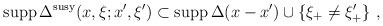
LaTeX: \begin{align*}{\mbox {\rm supp}}\,\Delta^{\rm susy}(x,\xi;x^\prime,\xi^\prime) \subset {\mbox {\rm supp}}\,\Delta(x-x^\prime) \cup \{\xi_+ \not= \xi_+^\prime\} \,\,,\end{align*}